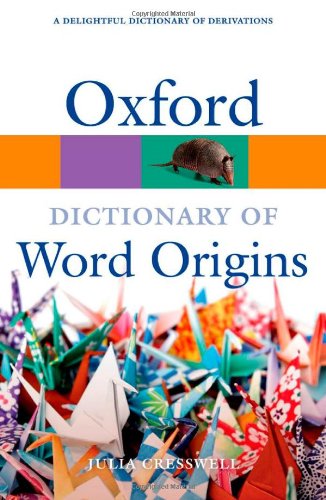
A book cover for Oxford Dictionary of Word Origins (Oxford Quick Reference); Julia Cresswell; Reference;